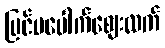
ပြင်ပပေါက်ဈေးထက်